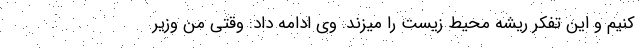
کنیم و این تفکر ریشه محیط زیست را میزند. وی ادامه داد: وقتی من وزیر